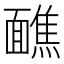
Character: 䩌